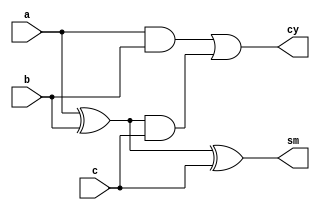
module FAd(a,b,c,cy,sm);
input a,b,c;
output cy,sm;
wire x,y,z;
xor x1(x,a,b);
xor x2(sm,x,c);
and a1(y,a,b);
and a2(z,x,c);
or o1(cy,y,z);
endmodule